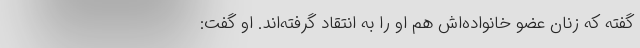
گفته که زنان عضو خانواده‌اش هم او را به انتقاد گرفته‌اند. او گفت: